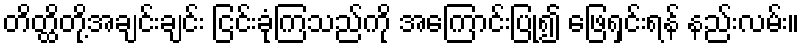
တိတ္ထိတို့အချင်းချင်း ငြင်းခုံကြသည်ကို အကြောင်းပြု၍ ဖြေရှင်းရန် နည်းလမ်း။